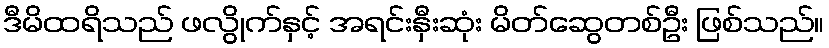
ဒီမိထရိသည် ဖလွိုက်နှင့် အရင်းနှီးဆုံး မိတ်ဆွေတစ်ဦး ဖြစ်သည်။